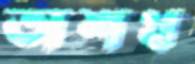
অশথ